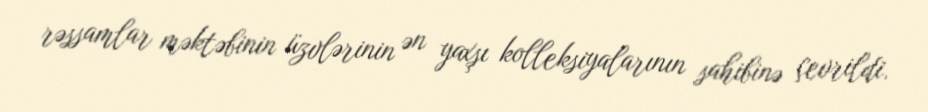
rəssamlar məktəbinin üzvlərinin ən yaxşı kolleksiyalarının sahibinə çevrildi.